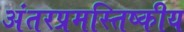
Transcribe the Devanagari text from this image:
अंतरप्रमस्तिष्‍कीय